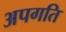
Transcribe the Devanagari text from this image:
अपगति